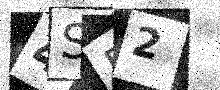
Text: 4S52